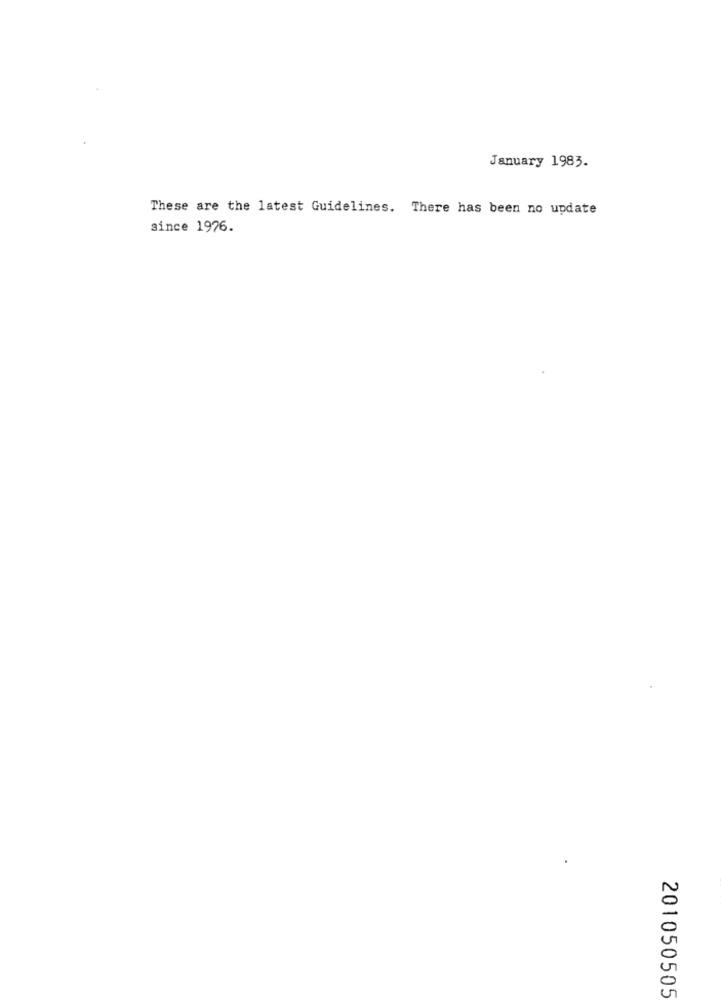
January 1983.
These are the latest Guidelines. There has been no update
since 1976.
201050505